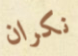
نكران